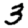
Digit: 3